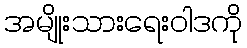
အမျိုးသားရေးဝါဒကို